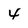
Character: 4